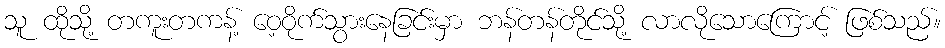
သူ ထိုသို့ တကူးတကန့် ဝေ့ဝိုက်သွားနေခြင်းမှာ ဘန်တန်တိုင်သို့ လာလိုသောကြောင့် ဖြစ်သည်။